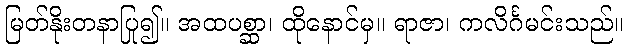
မြတ်နိုးတနာပြု၍။ အထပစ္ဆာ၊ ထိုနောင်မှ။ ရာဇာ၊ ကလိင်္ဂမင်းသည်။